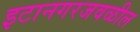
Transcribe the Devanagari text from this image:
इटानगरजवळील